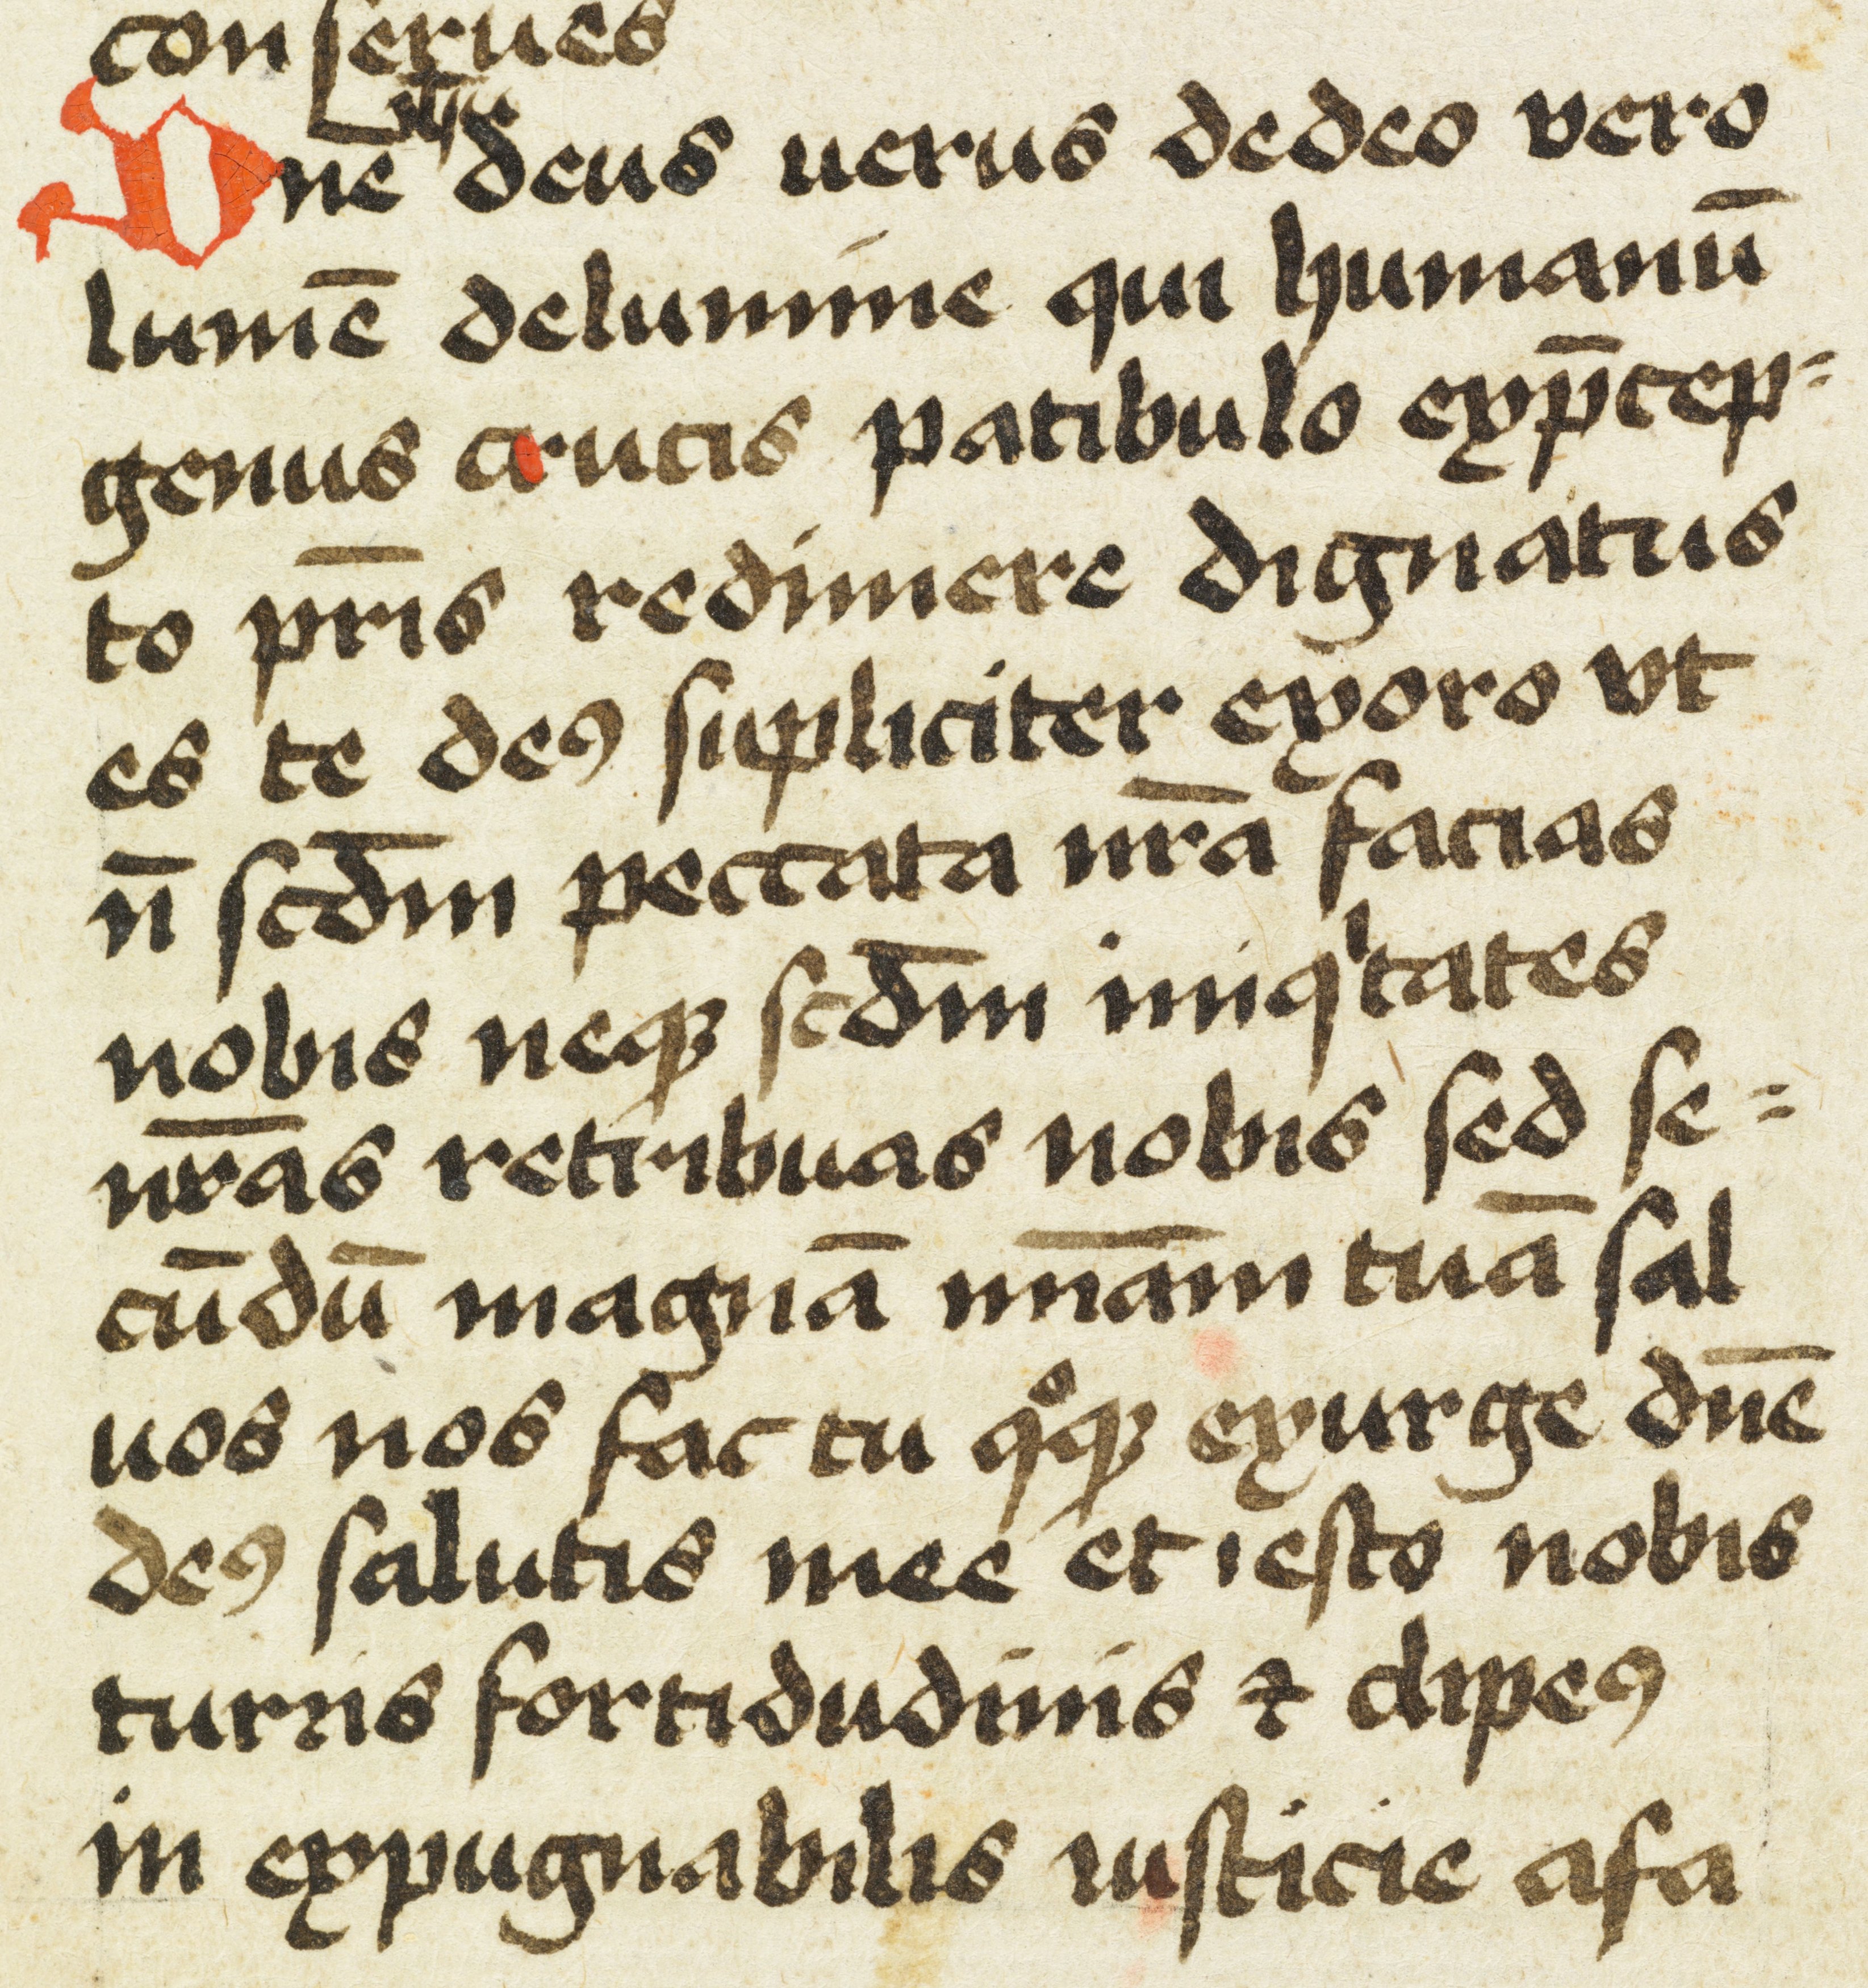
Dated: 1450–1499